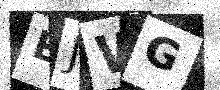
Text: BJWG